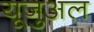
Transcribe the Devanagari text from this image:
यूजुअल